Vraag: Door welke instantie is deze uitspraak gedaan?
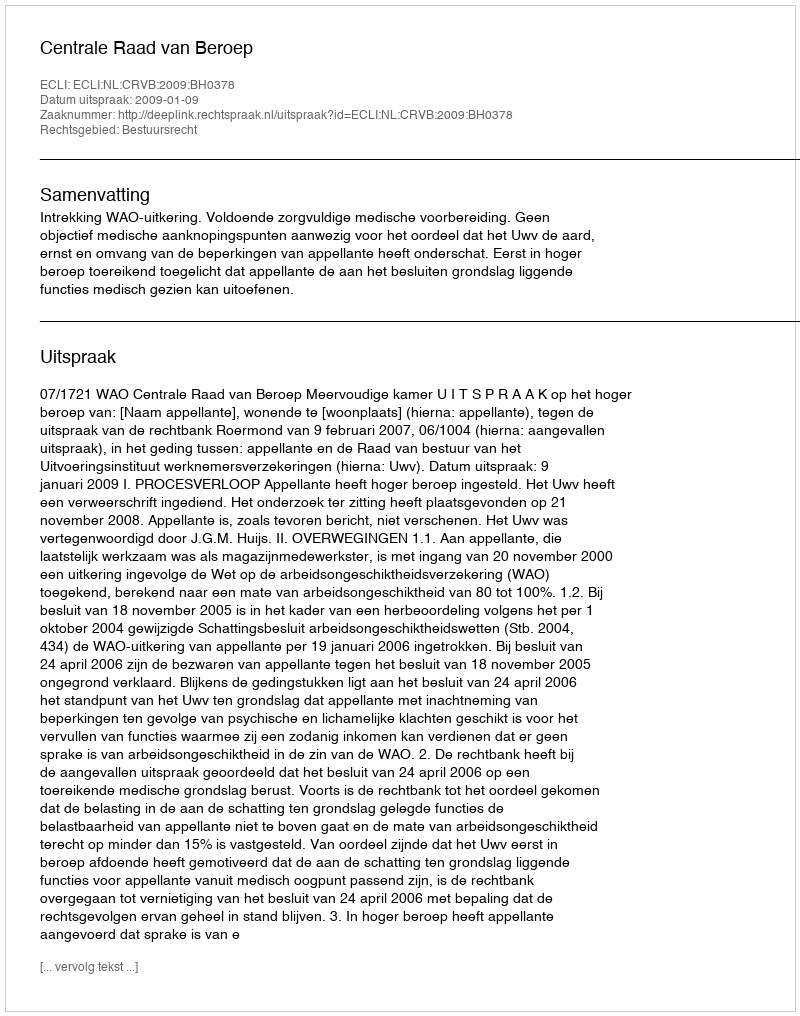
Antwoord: Centrale Raad van Beroep